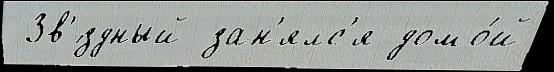
 Зв'́здный зан'ялс'я домо́й